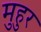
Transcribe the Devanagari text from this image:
मुहुर